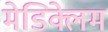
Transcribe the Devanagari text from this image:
मेडिक्लेम